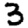
Digit: 3